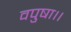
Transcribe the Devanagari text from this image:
वपुषा।।